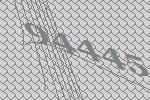
94445